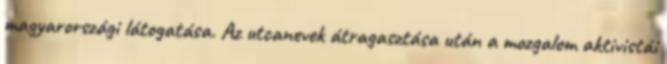
magyarországi látogatása. Az utcanevek átragasztása után a mozgalom aktivistái